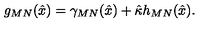
g _ { M N } ( \hat { x } ) = \gamma _ { M N } ( \hat { x } ) + \hat { \kappa } h _ { M N } ( \hat { x } ) .